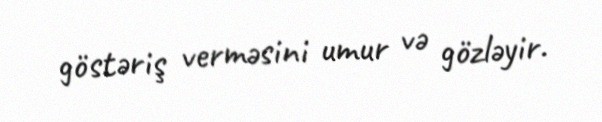
göstəriş verməsini umur və gözləyir.